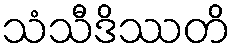
သံသီဒိဿတိ